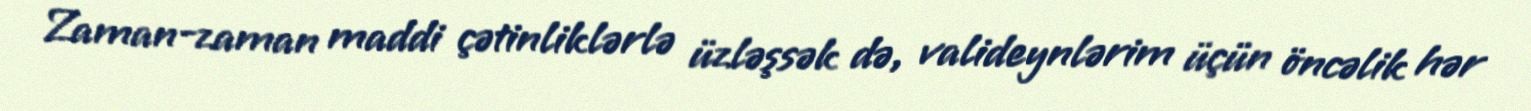
Zaman-zaman maddi çətinliklərlə üzləşsək də, valideynlərim üçün öncəlik hər